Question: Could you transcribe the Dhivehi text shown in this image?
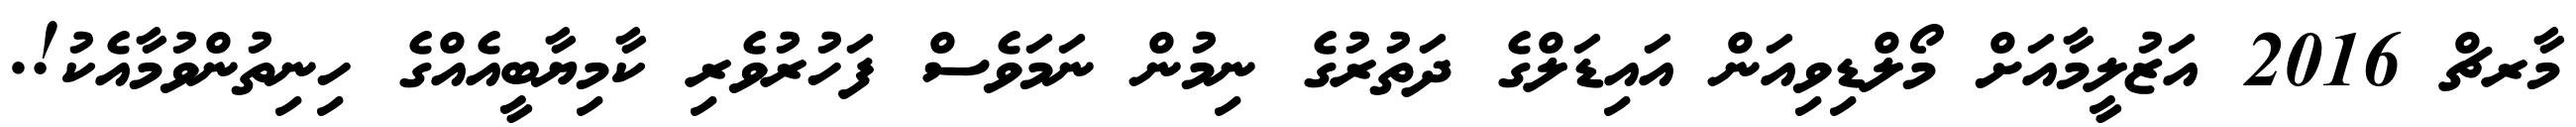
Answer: މާރޗް 2016 އަޒުލީމާއަށް މޯލްޑިވިއަން އައިޑަލްގެ ދަތުރުގެ ނިމުން ނަމަވެސް ފަހުރުވެރި ކާމިޔާބީއެއްގެ ހިނިތުންވުމާއެކު!.